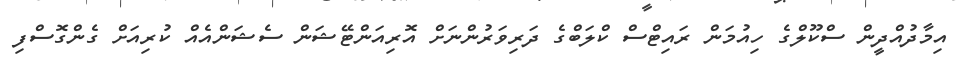
އިމާދުއްދީން ސްކޫލްގެ ހިއުމަން ރައިޓްސް ކްލަބްގެ ދަރިވަރުންނަށް އޮރިއަންޓޭޝަން ސެޝަންއެއް ކުރިއަށް ގެންގޮސްފި